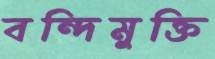
বন্দিমুক্তি